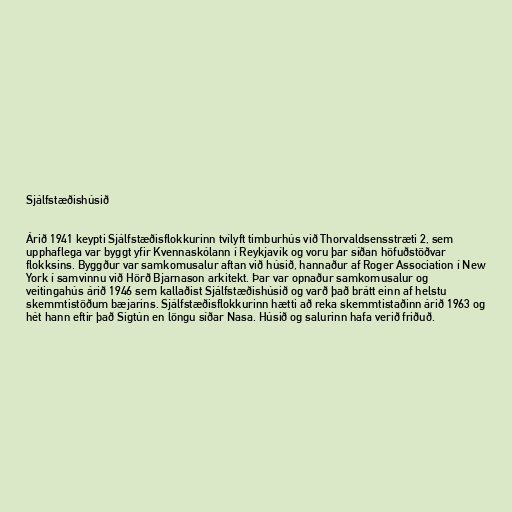
Sjálfstæðishúsið

Árið 1941 keypti Sjálfstæðisflokkurinn tvílyft timburhús við Thorvaldsensstræti 2, sem
upphaflega var byggt yfir Kvennaskólann í Reykjavík og voru þar síðan höfuðstöðvar
flokksins. Byggður var samkomusalur aftan við húsið, hannaður af Roger Association í New
York í samvinnu við Hörð Bjarnason arkitekt. Þar var opnaður samkomusalur og
veitingahús árið 1946 sem kallaðist Sjálfstæðishúsið og varð það brátt einn af helstu
skemmtistöðum bæjarins. Sjálfstæðisflokkurinn hætti að reka skemmtistaðinn árið 1963 og
hét hann eftir það Sigtún en löngu síðar Nasa. Húsið og salurinn hafa verið friðuð.